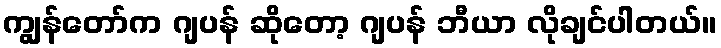
ကျွန်တော်က ဂျပန် ဆိုတော့ ဂျပန် ဘီယာ လိုချင်ပါတယ်။